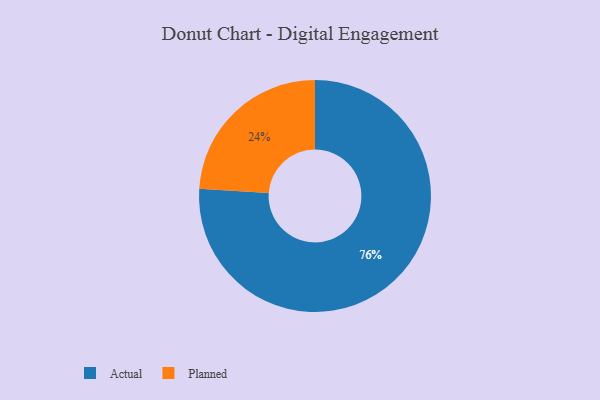
{"axis": {"x": "Category", "y": "Percentage"}, "legend": ["Actual", "Planned"], "data": [{"x": "Planned", "y": 24, "type": "Planned"}, {"x": "Actual", "y": 76, "type": "Actual"}]}